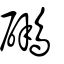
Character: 鸊